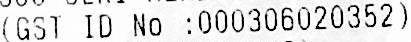
(GST ID NO :000306020352)